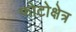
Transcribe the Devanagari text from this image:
फोटोक्षेत्र